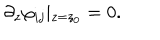
\partial _ { z } \varphi _ { i j } \vert _ { z = z _ { 0 } } = 0 .